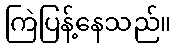
ကြဲပြန့်နေသည်။